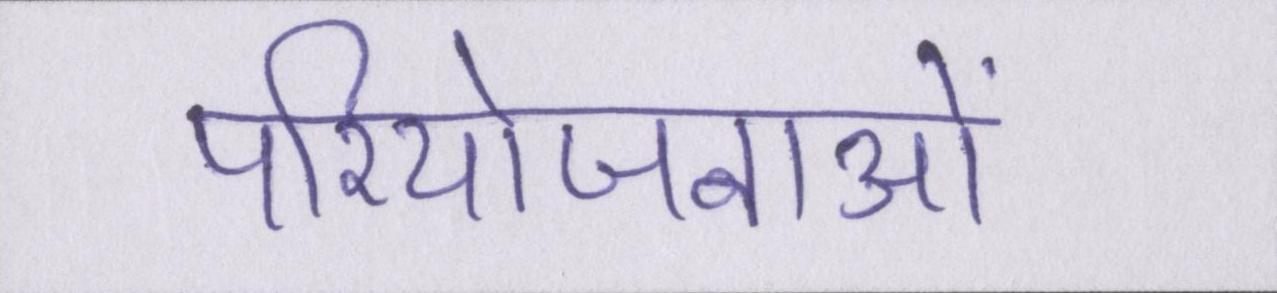
परियोजनाओं